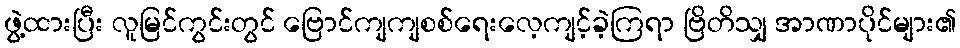
ဖွဲ့ထားပြီး လူမြင်ကွင်းတွင် ဗြောင်ကျကျစစ်ရေးလေ့ကျင့်ခဲ့ကြရာ ဗြိတိသျှ အာဏာပိုင်များ၏